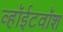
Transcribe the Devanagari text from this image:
व्हॉईटवॉश